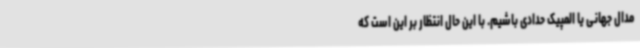
مدال جهانی یا المپیک حدادی باشیم. با این حال انتظار بر این است که